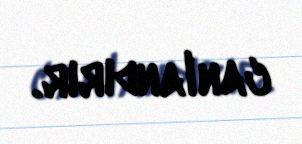
canlandırır.